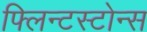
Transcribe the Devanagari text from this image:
फ्लिन्टस्टोन्स